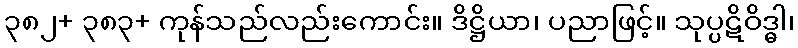
၃၈၂+ ၃၈၃+ ကုန်သည်လည်းကောင်း။ ဒိဋ္ဌိယာ၊ ပညာဖြင့်။ သုပ္ပဋိဝိဒ္ဓါ၊